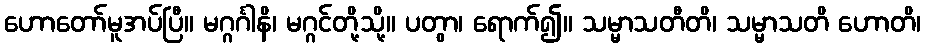
ဟောတော်မူအပ်ပြီ။ မဂ္ဂင်္ဂါနိ၊ မဂ္ဂင်တို့သို့။ ပတွာ၊ ရောက်၍။ သမ္မာသတီတိ၊ သမ္မာသတိ ဟောတိ၊